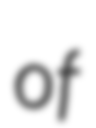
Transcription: of